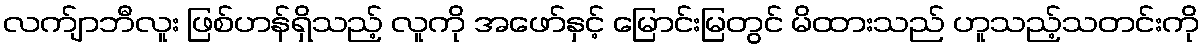
လက်ျာဘီလူး ဖြစ်ဟန်ရှိသည့် လူကို အဖော်နှင့် မြောင်းမြတွင် မိထားသည် ဟူသည့်သတင်းကို